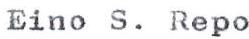
Eino S. Repo